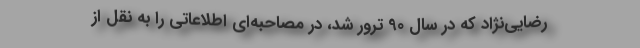
رضایی‌نژاد که در سال 90 ترور شد، در مصاحبه‌ای اطلاعاتی را به نقل از